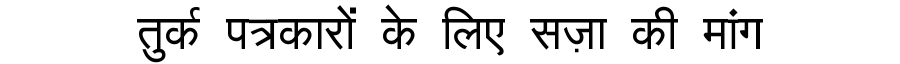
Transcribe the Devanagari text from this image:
तुर्क पत्रकारों के लिए सज़ा की मांग